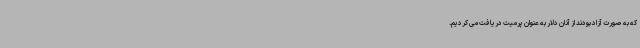
که به صورت آزاد بودند از آنان دلار به عنوان پرمیت دریافت می کردیم.